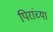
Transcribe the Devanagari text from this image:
पिरांच्या